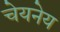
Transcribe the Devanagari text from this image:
चेयनेय